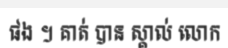
ផង ។ គាត់ បាន ស្គាល់ លោក